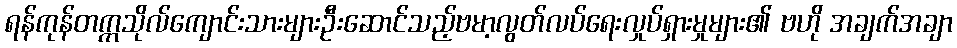
ရန်ကုန်တက္ကသိုလ်ကျောင်းသားများဦးဆောင်သည့်ဗမာ့လွတ်လပ်ရေးလှုပ်ရှားမှုများ၏ ဗဟို အချက်အချာ